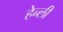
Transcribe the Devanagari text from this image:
हेन्ली